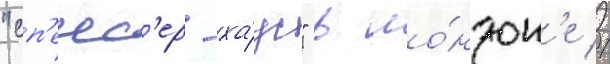
"сп'енс'ер-ха́ус" в ло́ндон'е //